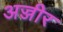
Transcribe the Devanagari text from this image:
अज्जीर